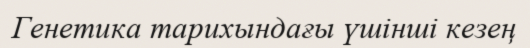
Генетика тарихындағы үшінші кезең